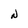
Character: N